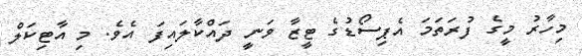
މިހާރު މީގެ ފުރަތަމަ އެޕިސޯޑުގެ ޓީޒާ ވަނީ ދައްކާލައިފަ އެވެ. މި އާޓިކަލް